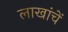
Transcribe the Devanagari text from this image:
लाखांचें